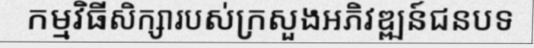
កម្មវិធីសិក្សារបស់ក្រសួងអភិវឌ្ឍន៍ជនបទ